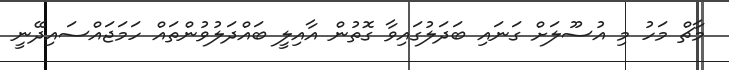
މާޗް މަހު މި އުސޫލަށް ގަނައި ބަދަލުގައިވާ ގޮތުން އާއިލީ ބައްދަލުވުންތައް ހަމަޖައްސައިދޭނީ